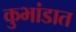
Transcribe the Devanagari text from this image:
कुभांडात